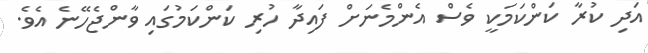
އަދި ކުރާ ކަންކަމަކީ ވެސް އެންމެނަށް ފައިދާ ހުރި ކަންކަމުގައި ވާންޖެހޭނެ އެވެ.